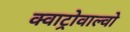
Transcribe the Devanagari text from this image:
क्वाट्रोवाल्वो